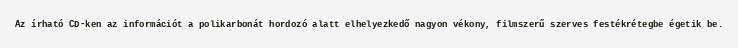
Az írható CD-ken az információt a polikarbonát hordozó alatt elhelyezkedő nagyon vékony, filmszerű szerves festékrétegbe égetik be.